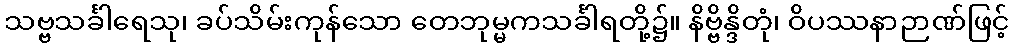
သဗ္ဗသင်္ခါရေသု၊ ခပ်သိမ်းကုန်သော တေဘုမ္မကသင်္ခါရတို့၌။ နိဗ္ဗိန္ဒိတုံ၊ ဝိပဿနာဉာဏ်ဖြင့်